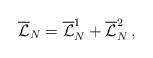
\begin{align*}{\overline {\mathcal L}}_{N}={\overline {\mathcal L}}_{N}^1+{\overline {\mathcal L}}_{N}^2\, ,\end{align*}